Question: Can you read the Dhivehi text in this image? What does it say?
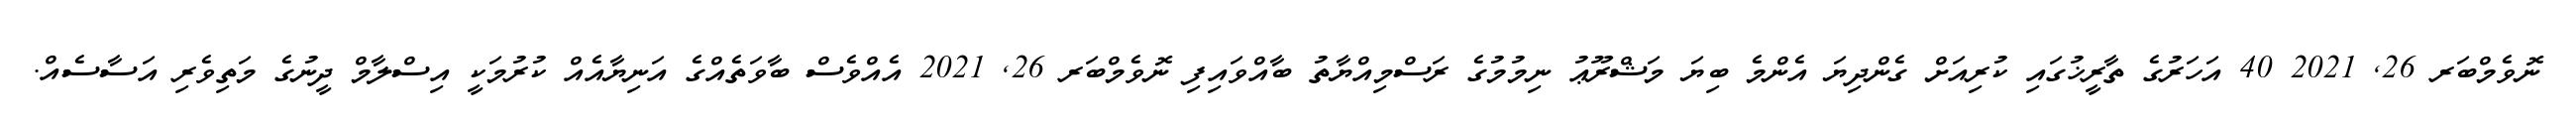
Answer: ނޮވެމްބަރ 26, 2021 40 އަހަރުގެ ތާރީޚުގައި ކުރިއަށް ގެންދިޔަ އެންމެ ބިޔަ މަޝްރޫޢު ނިމުމުގެ ރަސްމިއްޔާތު ބާއްވައިފި ނޮވެމްބަރ 26, 2021 އެއްވެސް ބާވަތެއްގެ އަނިޔާއެއް ކުރުމަކީ އިސްލާމް ދީނުގެ މަތިވެރި އަސާސެއް.